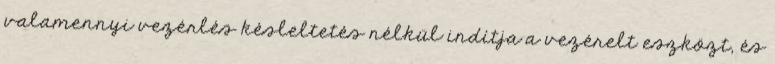
valamennyi vezérlés késleltetés nélkül indítja a vezérelt eszközt, és